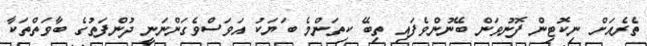
ތެރެއަށް ނިކޮޓިން ފޮނުވަން ބޭނުންވެފައި ތިބޭ ކިތަންމެ ބަޔަކު އަވަސްވެގަންނަނީ ދުންފަތުގެ ބާވަތްތަކާ